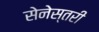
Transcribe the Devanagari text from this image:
सेनेस्तरी